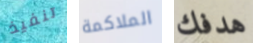
تنفيذ الملاكمة هدفك